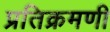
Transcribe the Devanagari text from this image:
प्रतिक्रमणी